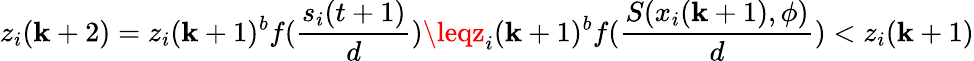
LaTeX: z_{i}(\mathbf{k}+2)=z_{i}(\mathbf{k}+1)^{b}f(\frac{{s_{i}(t+1)}}{{d}})\leqz_{i}(\mathbf{k}+1)^{b}f(\frac{{S(x_{i}(\mathbf{k}+1),\phi)}}{{d}})<z_{i}(\mathbf{k}+1)